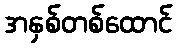
အနှစ်တစ်ထောင်